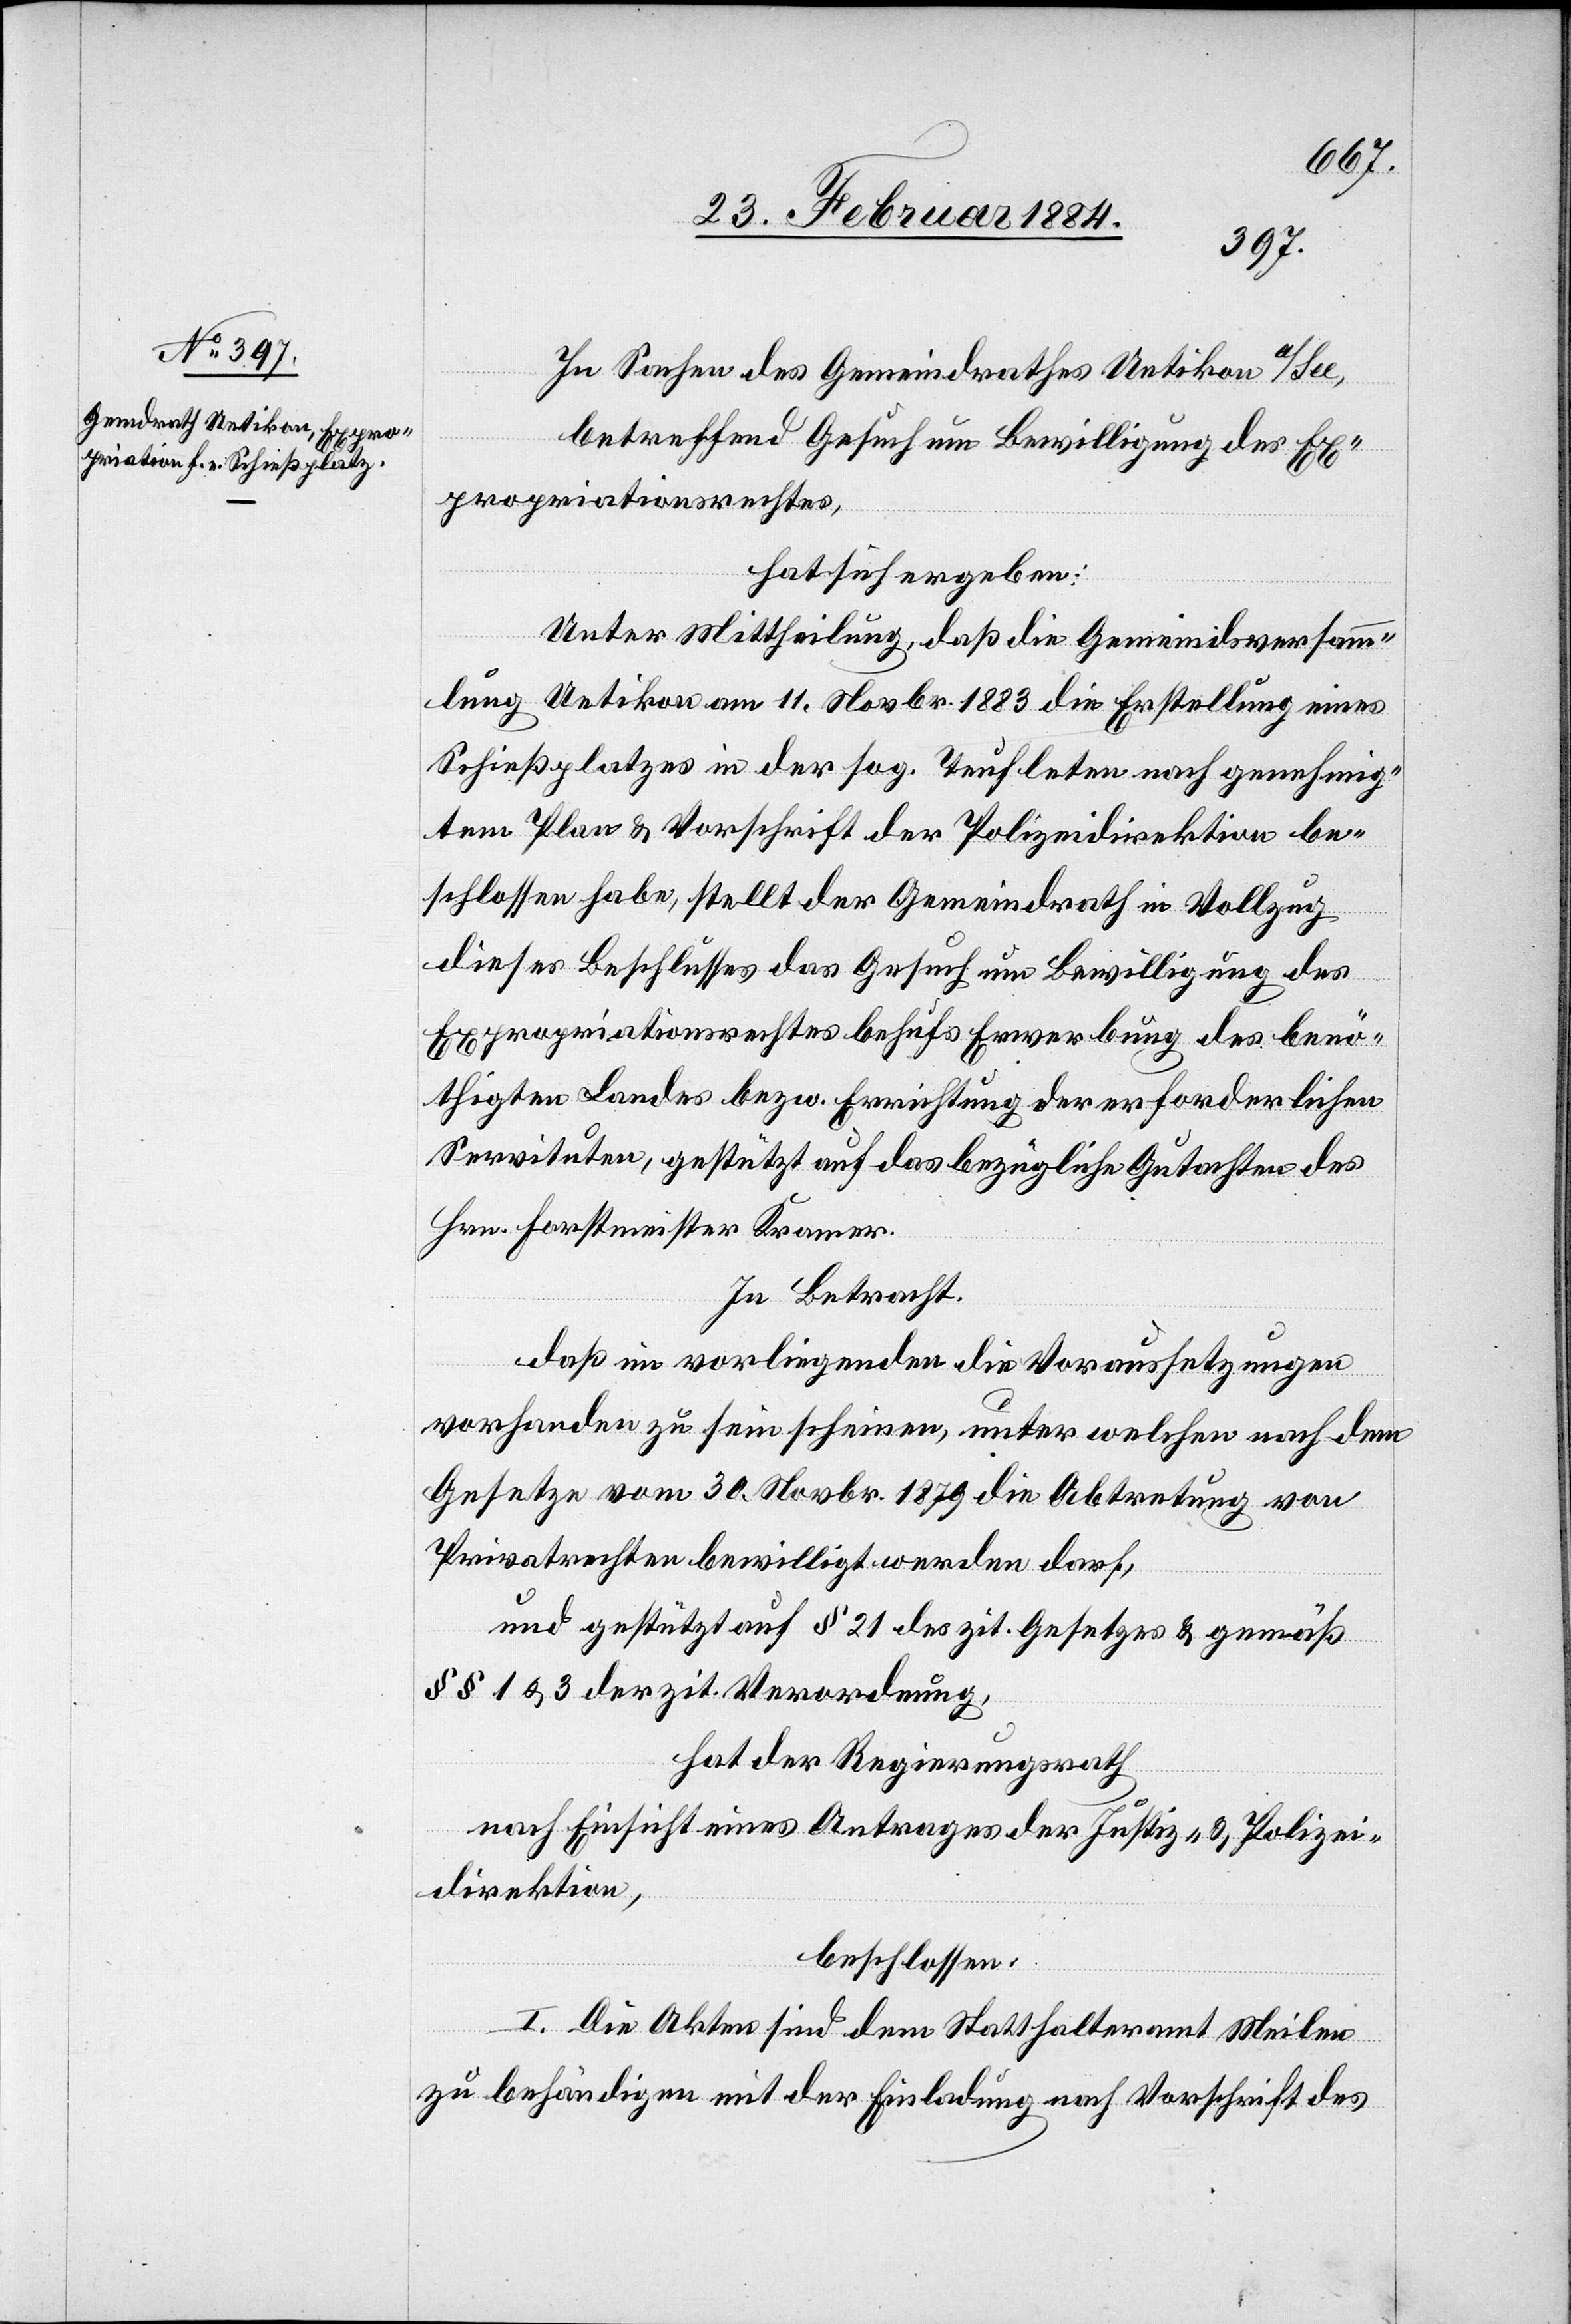
In Sachen des Gemeindrathes Uetikon a/See,
betreffend Gesuch um Bewilligung des Ex¬
propriationsrechtes,
hat sich ergeben:
Unter Mittheilung, daß die Gemeindsversamm¬
lung Uetikon am 11. Novbr. 1883 die Erstellung eines
Schießplatzes in der sog. Teufleten nach genehmig¬
ten Plan & Vorschrift der Polizeidirektion be¬
schlossen habe, stellt der Gemeindrath in Vollzug
dieses Beschlusses das Gesuch um Bewilligung des
Expropriationsrechtes behufs Erwerbung des benö¬
thigten Landes bezw. Errichtung der erforderlichen
Servituten, gestützt auf das bezügliche Gutachten des
Hrn. Forstmeister Kramer.
In Betracht,
daß im vorliegenden die Voraussetzungen
vorhanden zu sein scheinen, unter welchen nach dem
Gesetze vom 30. Novbr. 1879 die Abtretung von
Privatrechten bewilligt werden darf,
und gestützt auf § 21 des zit. Gesetzes & gemäß
§§ 1 & 3 der zit. Verordnung,
hat der Regierungsrath
nach Einsicht eines Antrages der Justiz- & Polizei¬
direktion,
beschlossen:
I. Die Akten sind dem Statthalteramt Meilen
zu behändigen mit der Einladung nach Vorschrift des